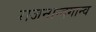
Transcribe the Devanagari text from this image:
राजनान्दगान्व